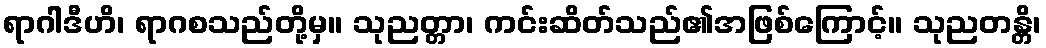
ရာဂါဒီဟိ၊ ရာဂစသည်တို့မှ။ သုညတ္တာ၊ ကင်းဆိတ်သည်၏အဖြစ်ကြောင့်။ သုညတန္တိ၊